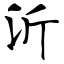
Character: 沂